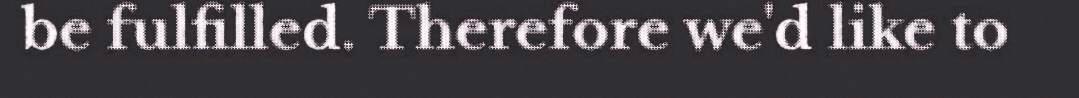
be fulfilled. Therefore we'd like to